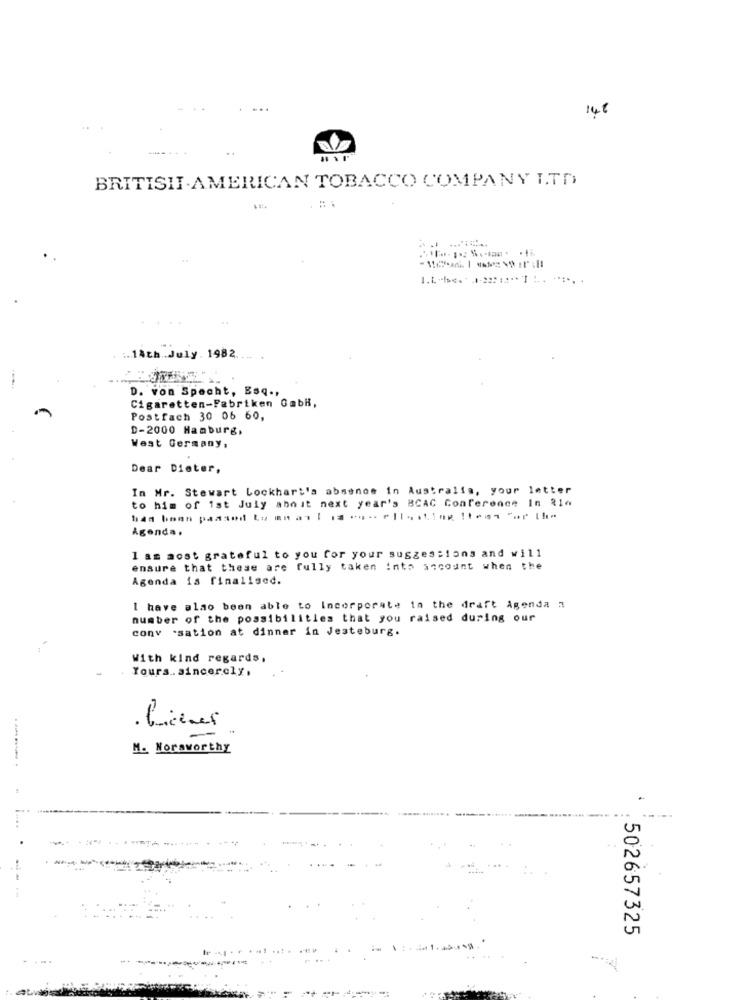
...
14€
..
BRITISHI-AMERICAN TOBACCO COMPANY LTD
.--
:. 14th .. July. 1982 .... .
D. von Specht, Esq .,
Cigaretten-Fabriken GabR,
Postfach 30 06 60,
D-2000 Hamburg.
West Germany,
Dear Dieter,
In Mr. Stewart Lockhart's absence in Australia, your letter
to him of ist July abnit next year's BCAC Conference In 214
had been passed Lu mmatlıaog- elleiting 11661 "or the
Agenda.
I am most grateful to you for your suggestions and will
ensure that these are fully taken into account when the
Agenda is finalised.
I have also been able to Incorporate in the draft Agenda .
number of the possibilities that you raised during our
conv .sation at dinner in Jesteburg.
With kind regards,
Yours. sincerely,
. Liens
M. Noraworthy
..
502657325
: - d